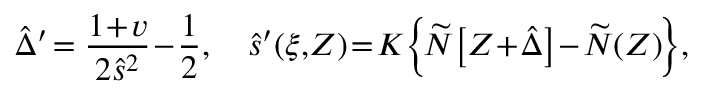
\hat { \Delta } ^ { \prime } \! = \displaystyle \frac { 1 \! + \! v } { 2 \hat { s } ^ { 2 } } \! - \! \frac 1 2 , \quad \hat { s } ^ { \prime } ( \xi , \! Z ) \! = \! K \! \left\{ \! \widetilde { N } \! \left[ Z \! + \! \hat { \Delta } \right] \! - \! \widetilde { N } ( Z ) \! \right\} \! ,